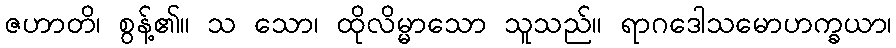
ဇဟာတိ၊ စွန့်၏။ သ သော၊ ထိုလိမ္မာသော သူသည်။ ရာဂဒေါသမောဟက္ခယာ၊